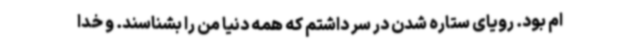
ام بود. رویای ستاره شدن در سر داشتم که همه دنیا من را بشناسند. و خدا